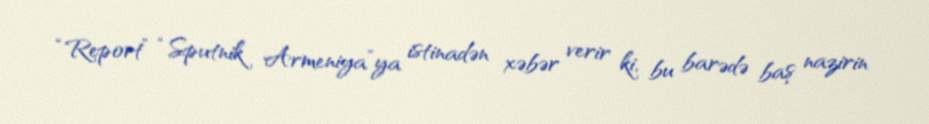
“Report” “Sputnik Armeniya”ya istinadən xəbər verir ki, bu barədə baş nazirin